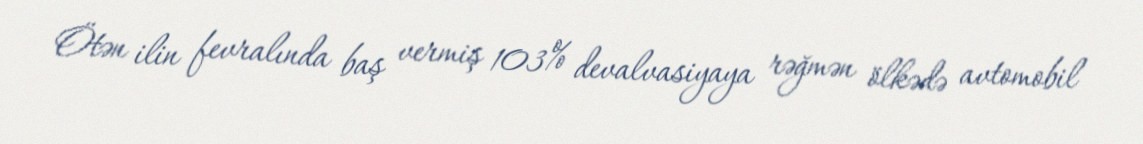
Ötən ilin fevralında baş vermiş 103% devalvasiyaya rəğmən ölkədə avtomobil